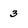
Character: 3